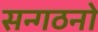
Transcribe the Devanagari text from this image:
सन्गठनो